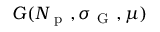
G ( N _ { \mathrm { ~ p ~ } } , \sigma _ { \mathrm { ~ G ~ } } , \mu )